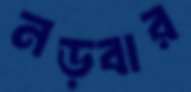
নড়বার